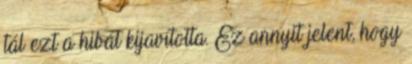
tál ezt a hibát kijavította. Ez annyit jelent, hogy